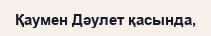
Қаумен Дәулет қасында,